Vaccination returns of the Province of Eastern Bengal and Assam - 1905-1912
Year: 1905
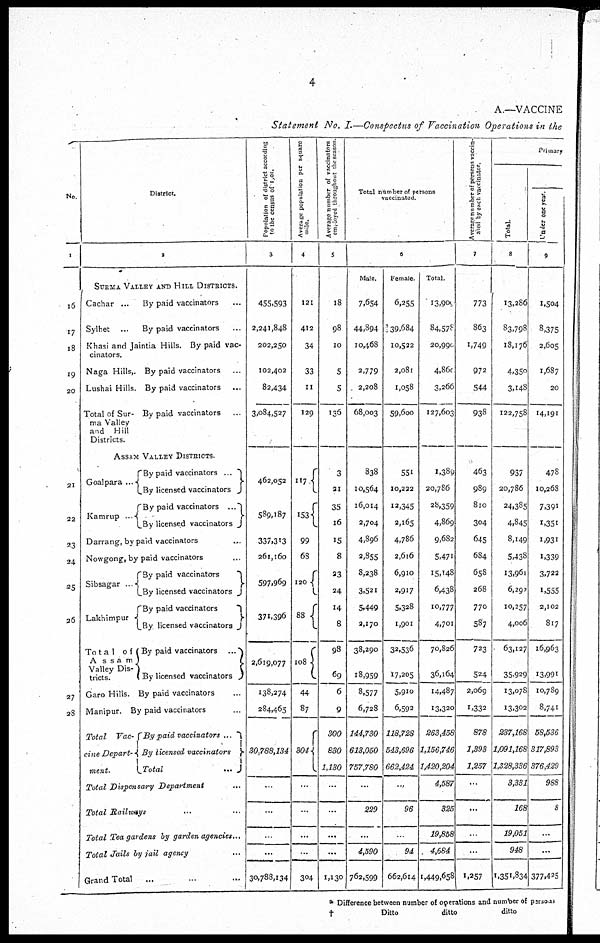
4
A.—VACCINE
Statement No. I.—Conspectus of Vaccination Operations in the
No.
1
16
17
18
19
20
21
22
23
24
25
26
27
28
District.
2
SURMA VALLEY AND HILL DISTRICTS.
Cachar ...
Sylhet ...
By paid vaccinators ...
By paid vaccinators ...
Khasi and Jaintia Hills. By paid vac-
cinators.
Naga Hills,.
Lushai Hills.
Total of Sur¬
ma Valley
and Hill
Districts.
By paid vaccinators
...
By paid vaccinators
...
By paid vaccinators
...
ASSAM VALLEY DISTRICTS.
Goalpara ...
Kamrup ...
By paid vaccinators ...
By licensed vaccinators
By paid vaccinators ...
By licensed vaccinators
Darrang, by paid vaccinators ...
Nowgong, by paid vaccinators
...
Sibsagar ...
Lakhimpur
Tota1 of
Assam
Valley Dis-
tricts.
Garo Hills.
Manipur.
Total
Vac-
cine Depart-
ment.
By paid vaccinators
By licensed vaccinators
By paid vaccinators
By licensed vaccinators
By paid vaccinators ...
By licensed vaccinators
By paid vaccinators ...
By paid vaccinators ...
By paid vaccinators ...
By licensed vaccinators
Total
...
Total Dispensary Department
...
Total Railways ... ...
Total Tea gardens by garden agencies...
Total Jails by jail agency ...
Grand Total
... ... ...
Population of district according
to the census of 1,000
3
455,593
2,241,848
202,250
102,402
82,434
3,084,527
462,052
589,187
337,313
261,160
597,969
371,396
2,619,077
138,274
284,465
30,788,134
...
...
...
...
30,788,134
Average population per square
mile.
4
121
412
34
33
11
129
117
153
99
68
120
88
108
44
87
304
...
...
...
...
304
Average number of vaccinators
employed throughout the season
5
18
98
10
5
5
136
3
21
35
16
15
8
23
24
14
8
98
69
6
9
300
830
1,130
...
...
...
...
1,130
Total number of persons
vaccinated.
6
Male.
7,654
44,894
10,468
2,779
2,208
68,003
838
10,564
16,014
2,704
4,896
2,855
8,238
3,521
5,449
2,170
38,290
18,959
8,577
6,728
144,730
613,050
757,780
...
229
...
4,590
762,599
Female.
6,255
39,684
10,522
2,08l
1,058
59,600
551
10,222
12,345
2,165
4,786
2,616
6,910
2,917
5,328
1,901
32,536
17,205
5,910
6,592
118,728
543,696
662,424
...
96
...
94
662,614
Total.
13,909
84,578
20,990
4,860
3,266
127,603
1,389
20,786
28,359
4,869
9,682
5,471
15,148
6,438
10,777
4,701
70,826
36,164
14,487
13,320
263,458
1,156,746
1,420,204
4,587
325
19,858
4,684
1,449,658
Average number of persons vaccin¬
ated by each vaccinator.
7
773
863
1,749
972
544
938
463
989
810
304
645
684
658
268
770
587
723
524
2,069
1,332
878
1,393
1,257
...
...
...
...
1,257
Primary
Total.
8
13,286
83,798
18,176
4,359
3,148
122,758
937
20,786
24,385
4,845
8,149
5,438
13,961
6,292
10,257
4,006
63,127
35,929
13,078
13,302
237,168
1,091,168
1,328,336
3,331
168
19,051
948
1,351,834
Under one rear.
9
1,504
8,375
2,605
1,687
20
14,191
478
10,268
7,391
1,351
1,931
1,339
3,722
1,555
2,102
817
16,963
13,991
10,789
8,741
58,536
317,893
376,429
988
8
...
...
377,425
* Difference between number of operations and number of persons
†
Ditto
ditto
ditto